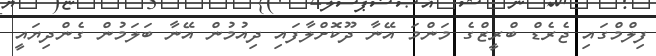
ފިލްމްގައި ޖެރެޑް ބްރީޒްގެ މަންމަ އޭނާ ދޫކޮށްލާފައި ދިއުމުން އޭނާ ބަލަމުން ގެންދިޔައީ